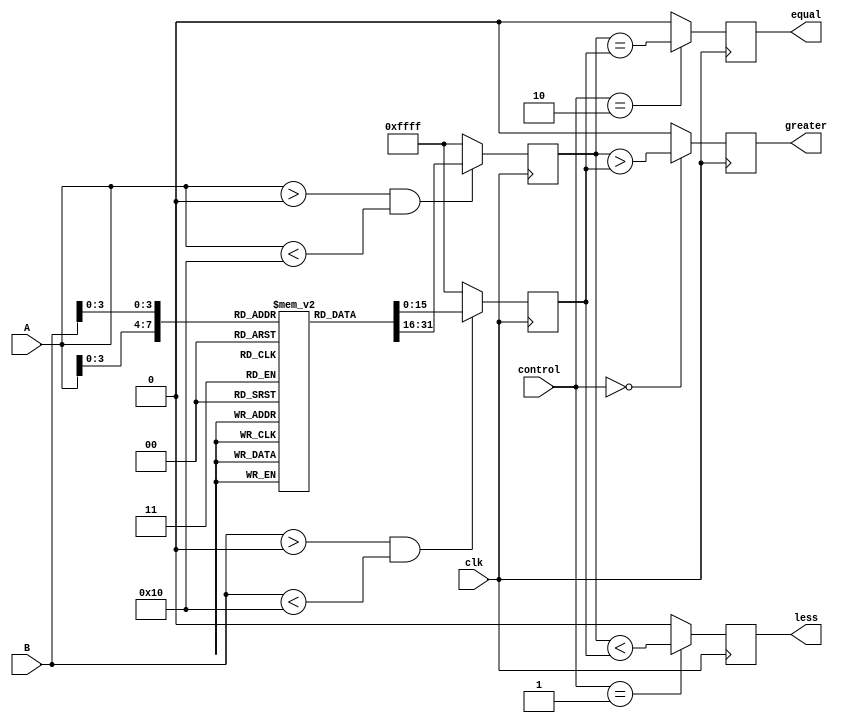
module LogarithmicComparator (
    input wire [15:0] A,          // Input A (16-bit fixed-point)
    input wire [15:0] B,          // Input B (16-bit fixed-point)
    input wire [1:0] control,     // Control signal for comparison mode
    input wire clk,               // Clock signal
    output reg greater,           // Output: A > B
    output reg less,              // Output: A < B
    output reg equal              // Output: A == B
);

// Logarithmic conversion using a simple LUT (for demonstration)
reg [15:0] logA;
reg [15:0] logB;

// Logarithm look-up table (for values 1 to 16)
reg [15:0] log_lut [0:15];
initial begin
    log_lut[0] = 16'h0000; // log(0) is undefined
    log_lut[1] = 16'h0000; // log(1) = 0
    log_lut[2] = 16'h0001; // log(2) = 1
    log_lut[3] = 16'h0002; // log(3) = 2
    log_lut[4] = 16'h0003; // log(4) = 3
    log_lut[5] = 16'h0004; // log(5) = 4
    log_lut[6] = 16'h0005; // log(6) = 5
    log_lut[7] = 16'h0006; // log(7) = 6
    log_lut[8] = 16'h0007; // log(8) = 7
    log_lut[9] = 16'h0008; // log(9) = 8
    log_lut[10] = 16'h0009; // log(10) = 9
    log_lut[11] = 16'h000A; // log(11) = 10
    log_lut[12] = 16'h000B; // log(12) = 11
    log_lut[13] = 16'h000C; // log(13) = 12
    log_lut[14] = 16'h000D; // log(14) = 13
    log_lut[15] = 16'h000E; // log(15) = 14
end

// Logarithmic conversion process
always @(posedge clk) begin
    if (A > 0 && A < 16) begin
        logA <= log_lut[A]; // Convert A to logarithmic value
    end else begin
        logA <= 16'hFFFF; // Undefined for A <= 0
    end

    if (B > 0 && B < 16) begin
        logB <= log_lut[B]; // Convert B to logarithmic value
    end else begin
        logB <= 16'hFFFF; // Undefined for B <= 0
    end
end

// Comparator logic
always @(posedge clk) begin
    case (control)
        2'b00: begin // Greater than
            greater <= (logA > logB);
            less <= 0;
            equal <= 0;
        end
        2'b01: begin // Less than
            less <= (logA < logB);
            greater <= 0;
            equal <= 0;
        end
        2'b10: begin // Equal
            equal <= (logA == logB);
            greater <= 0;
            less <= 0;
        end
        default: begin
            greater <= 0;
            less <= 0;
            equal <= 0;
        end
    endcase
end

endmodule